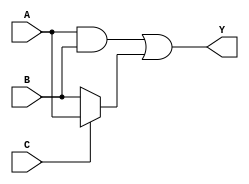
module combinational_logic (
    input wire [3:0] A,      // 4-bit input signal A
    input wire [3:0] B,      // 4-bit input signal B
    input wire C,            // 1-bit input signal C
    output reg [3:0] Y       // 4-bit output signal Y
);

// Always block for combinational logic
always @(*) begin
    // Combinational logic expression
    Y = (A & B) | (C ? A : B); // Example: Y is the result of (A AND B) OR (A if C is true, else B)
end

endmodule